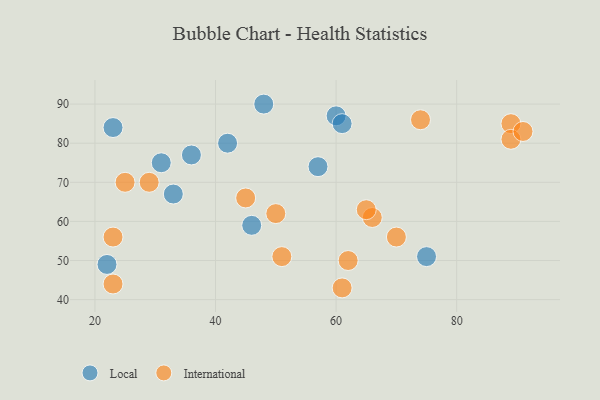
{"axis": {"x": "GDP", "y": "Life Expectancy"}, "legend": ["International", "Local"], "data": [{"x": "60", "y": 87, "type": "Local"}, {"x": "75", "y": 51, "type": "Local"}, {"x": "31", "y": 75, "type": "Local"}, {"x": "36", "y": 77, "type": "Local"}, {"x": "48", "y": 90, "type": "Local"}, {"x": "23", "y": 84, "type": "Local"}, {"x": "42", "y": 80, "type": "Local"}, {"x": "33", "y": 67, "type": "Local"}, {"x": "46", "y": 59, "type": "Local"}, {"x": "61", "y": 85, "type": "Local"}, {"x": "57", "y": 74, "type": "Local"}, {"x": "22", "y": 49, "type": "Local"}, {"x": "66", "y": 61, "type": "International"}, {"x": "23", "y": 56, "type": "International"}, {"x": "62", "y": 50, "type": "International"}, {"x": "65", "y": 63, "type": "International"}, {"x": "29", "y": 70, "type": "International"}, {"x": "25", "y": 70, "type": "International"}, {"x": "89", "y": 85, "type": "International"}, {"x": "89", "y": 81, "type": "International"}, {"x": "70", "y": 56, "type": "International"}, {"x": "50", "y": 62, "type": "International"}, {"x": "51", "y": 51, "type": "International"}, {"x": "23", "y": 44, "type": "International"}, {"x": "61", "y": 43, "type": "International"}, {"x": "91", "y": 83, "type": "International"}, {"x": "74", "y": 86, "type": "International"}, {"x": "45", "y": 66, "type": "International"}]}